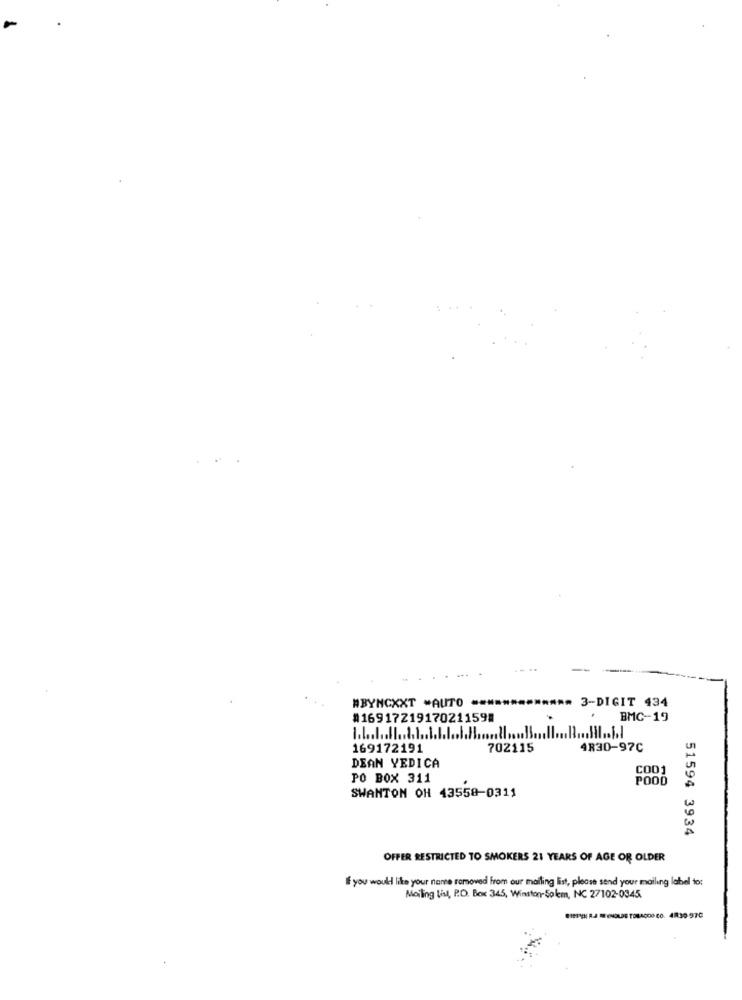
WBYNCXXT *AUTO --
3-DIGIT 434
#1691721917021159#
BMC-19
169172191
702115
AR30-97C
DEAN YEDICA
C001
PO BOX 311
POOD
SWANTON OH 43558-0311
51594 3934
OFFER RESTRICTED TO SMOKERS 21 YEARS OF AGE OR OLDER
If you would like your name removed from our mailing list, please send your mailing label to:
Mailing List, P.O. Box 345, Winston-Salem, NC 27102-0345
OLDE TORACOO CO. 4R30-970